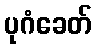
ပုဂံခေတ်